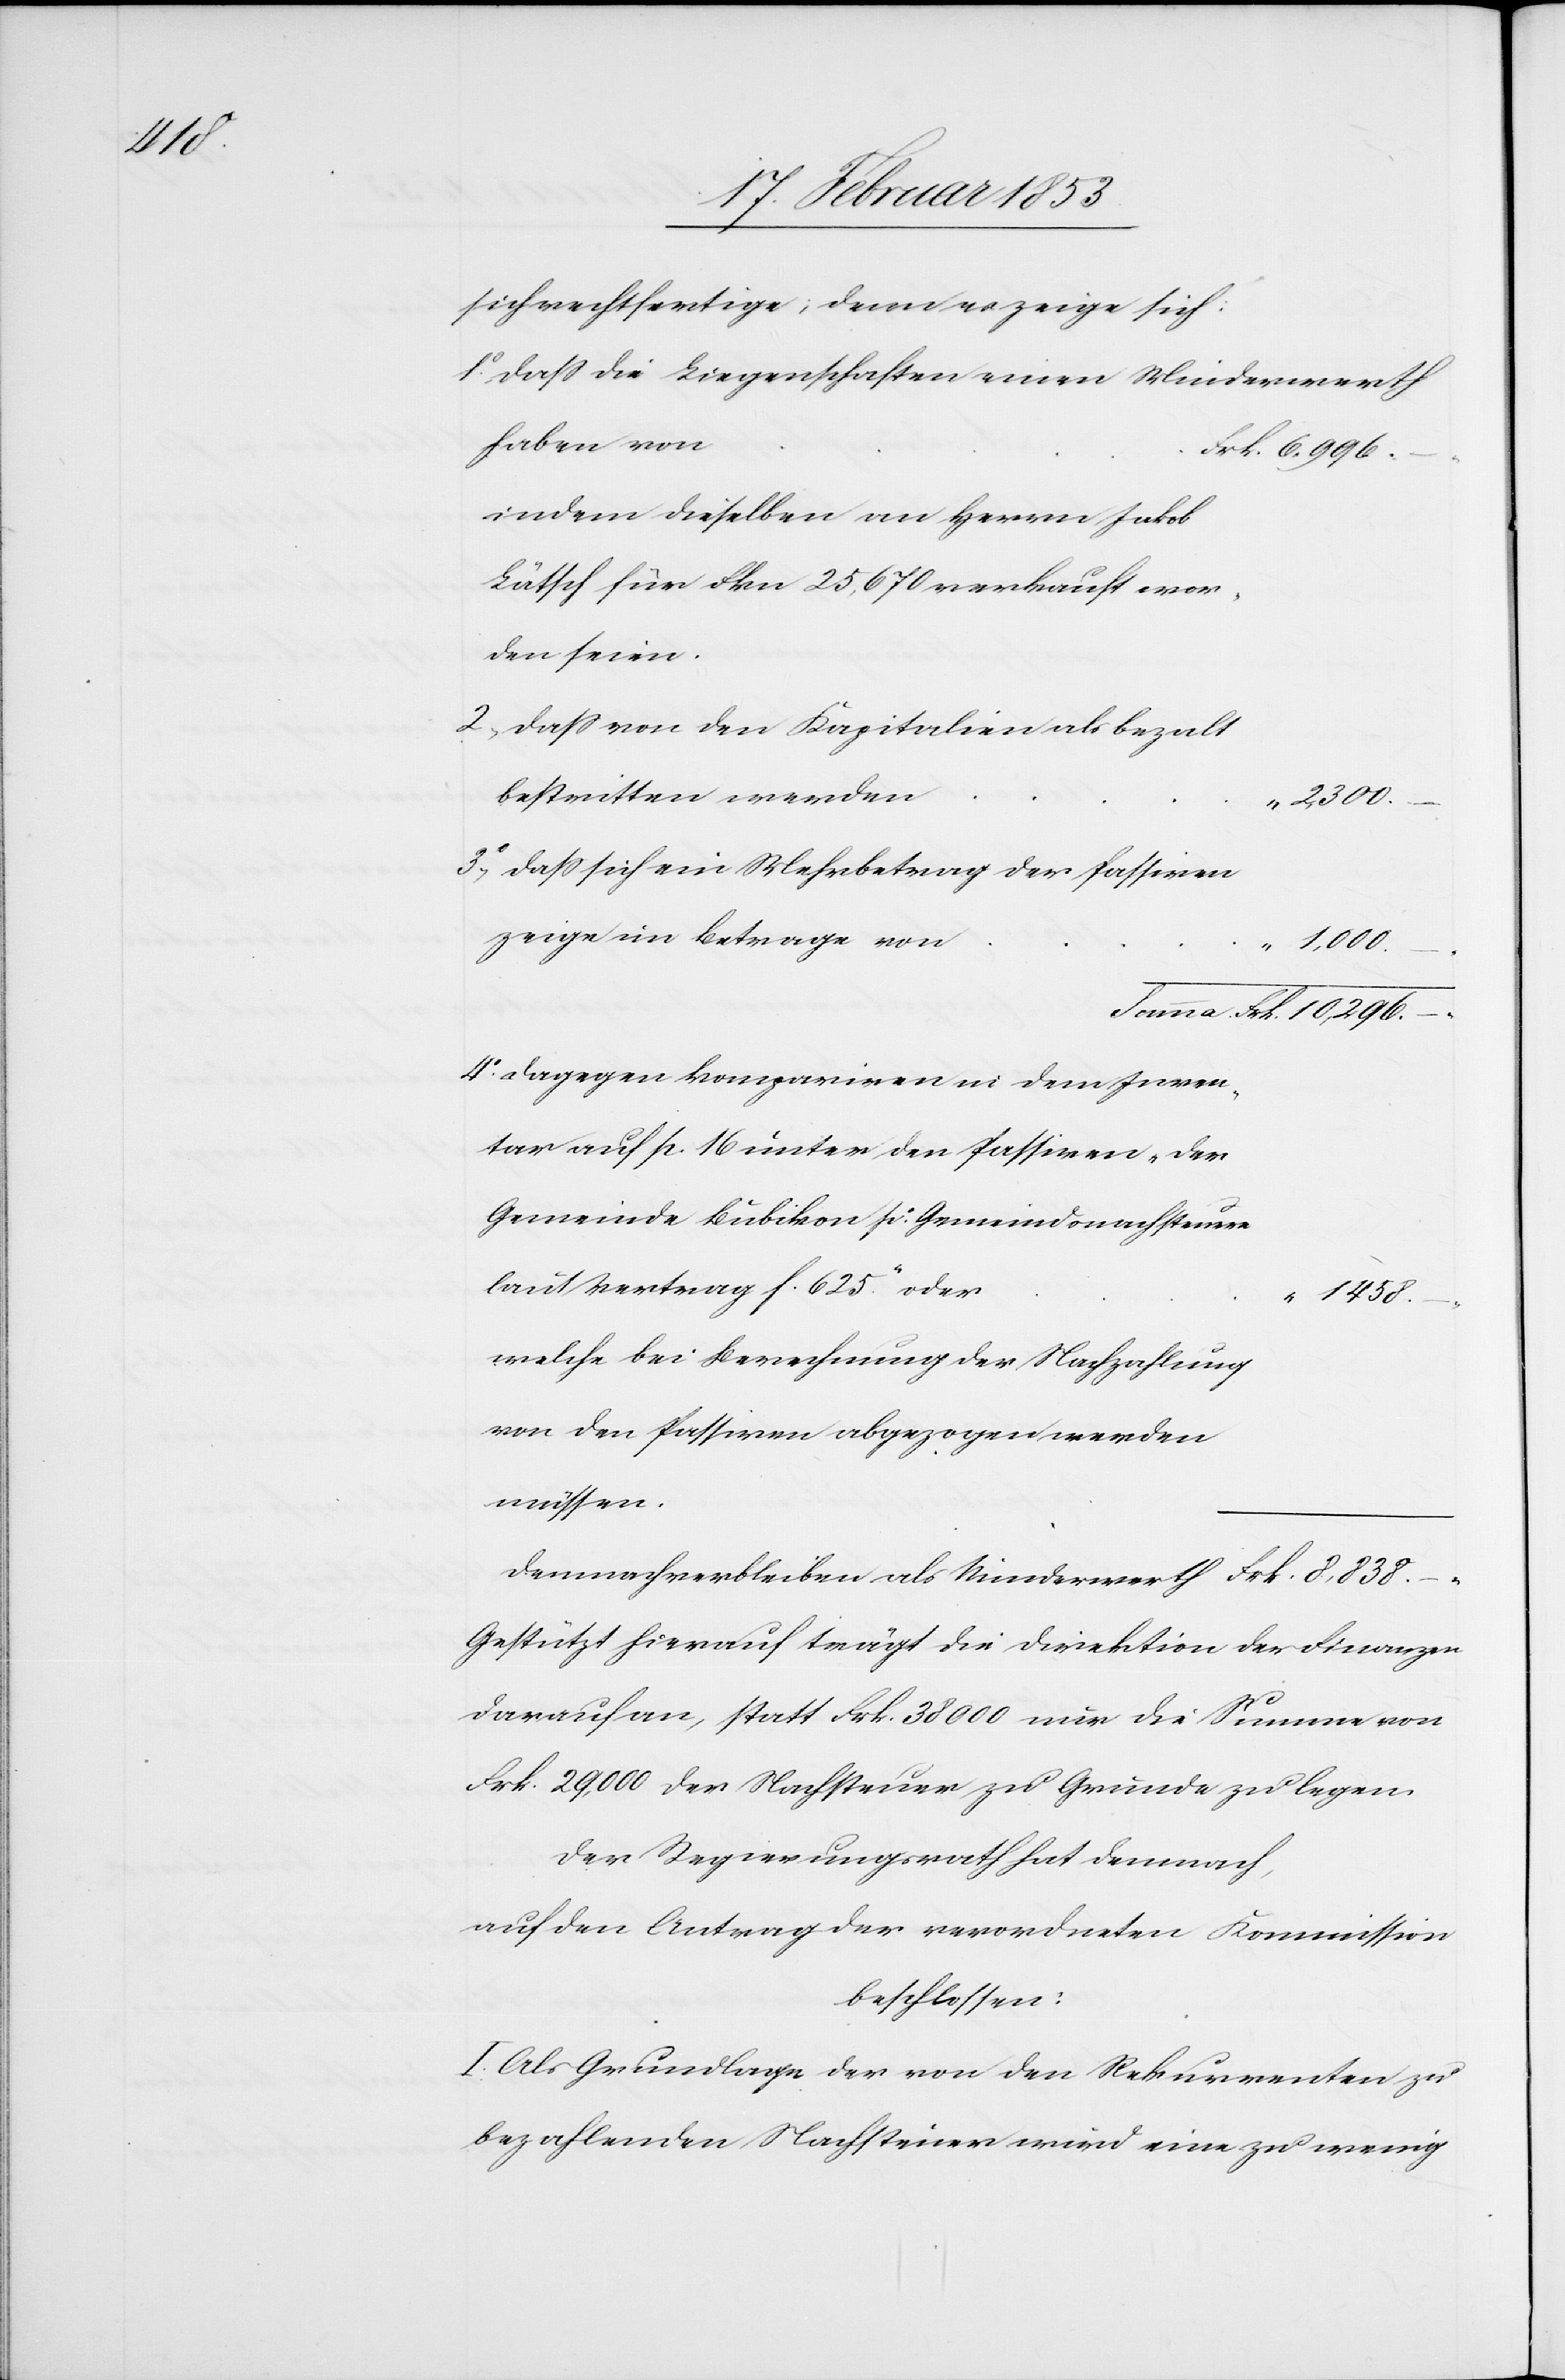
8,838.–.

sich rechtfertige, denn es zeige sich:
1º daß die Liegenschaften einen Minderwerth
indem dieselben an Herrn Jakob
den seien.
2, daß von den Kapitalien als bezalt
als
2300.–.
3º, daß sich ein Mehrbetrag der Passiven
1000.–.
Summa Frk. 10,296.–.
4º dagegen kompariren in dem Inven¬
tar auf pr. 16 unter den Passiven
Gemeinde Bubikon pr. Gemeindsnachsteuer
welche bei Berechnung der Nachzahlung
Gestützt hierauf trägt die Direktion der Finanzen
darauf an, statt Frk. 38000 nur die Summe von
Frk. 29,000 der Nachsteuer zu Grunde zu legen.
Der Regierungsrath hat demnach,
auf den Antrag der verordneten Kommission
beschlossen:
I. Als Grundlage der von den Rekurrenten zu
bezahlenden Nachsteuer wird eine zu wenig